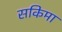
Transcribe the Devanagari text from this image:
सकिमा